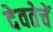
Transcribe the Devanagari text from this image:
देवतेचें